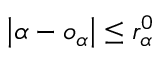
\left| \alpha - o _ { \alpha } \right| \leq r _ { \alpha } ^ { 0 }